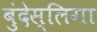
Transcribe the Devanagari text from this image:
बुंदेस्लिगा